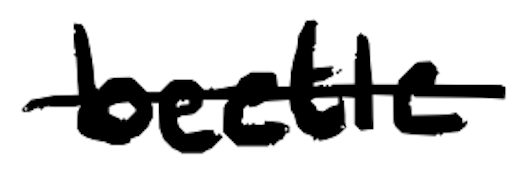
Text: beetle
Cross-out: single-line
Writing tool: digital_black